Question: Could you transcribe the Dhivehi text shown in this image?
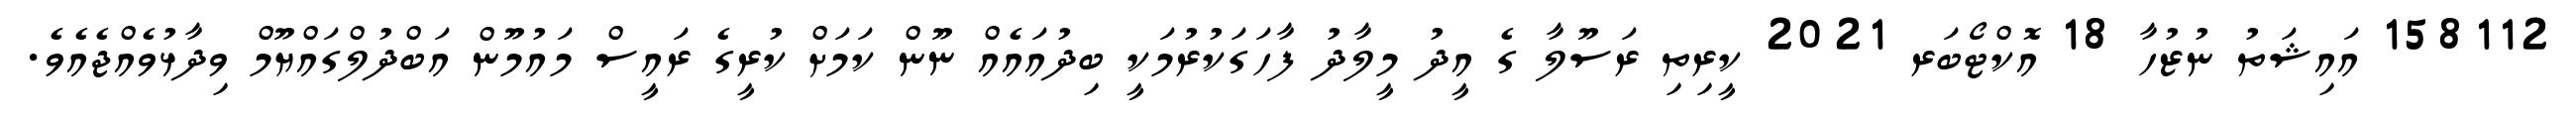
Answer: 158112 އައިޝަތު ނުޒުހާ 18 އޮކްޓޯބަރ 2021 ކީރިތި ރަސޫލާ ގެ އީދު މީލާދު ފާހަގަކުރުމަކީ ބިދުއައެއް ނޫން ކަމަށް ކުރީގެ ރައީސް މައުމޫން އަބްދުލްގައްޔޫމް ވިދާޅުވެއްޖެއެވެ.